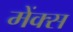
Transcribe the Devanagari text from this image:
मेंक्स